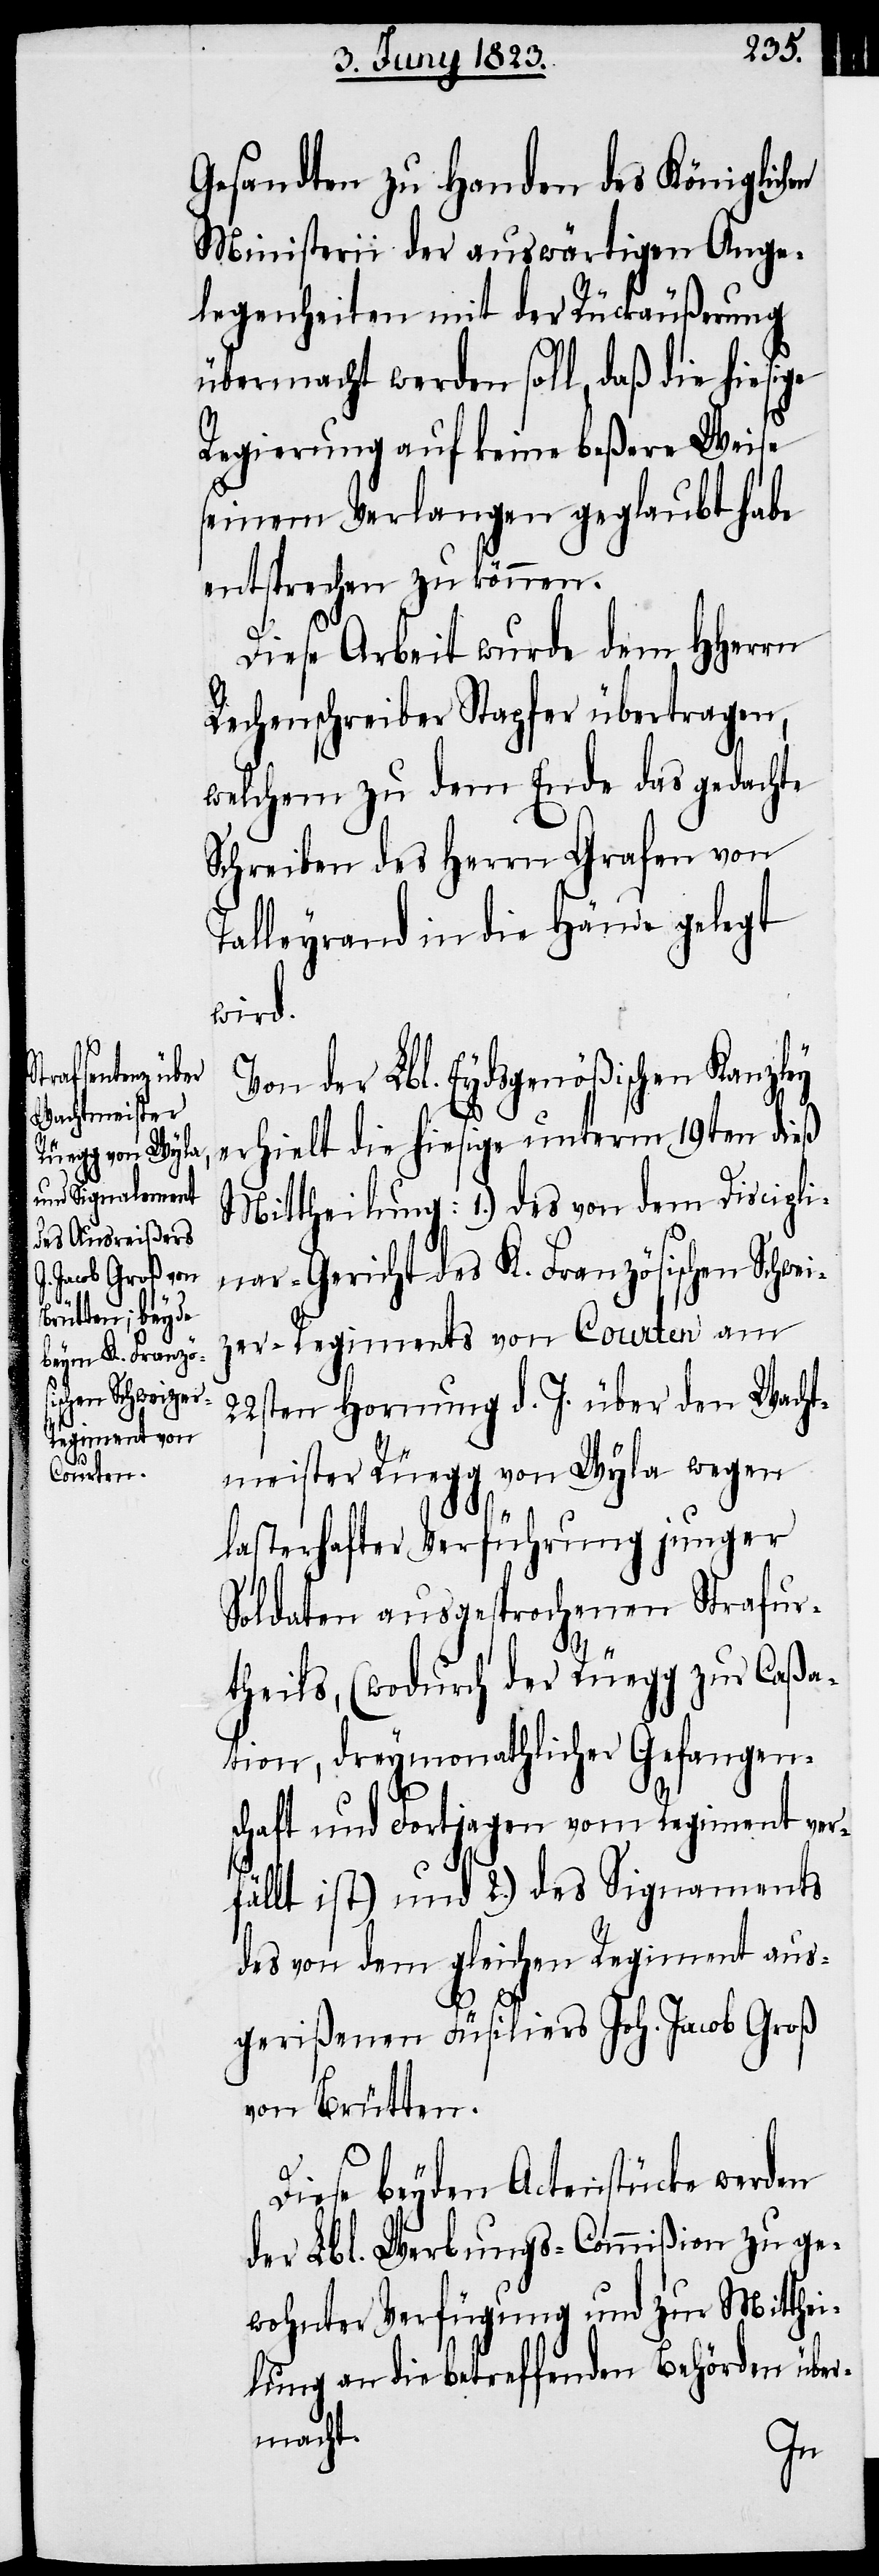
Gesandten zu Handen des Königlichen
Ministerii der auswärtigen Ange¬
legenheiten mit der Rückäußerung
übermacht werden soll, daß die hiesige
Regierung auf keine beßere Weise
seinem Verlangen geglaubt habe
entsprechen zu können.
Diese Arbeit wurde dem HHerrn
Rechenschreiber Stapfer übertragen,
welchem zu dem Ende das gedachte
Schreiben des Herrn Grafen von
Talleyrand in die Hände gelegt
wird.
Von der Lbl. Eydsgenößischen Kanzley
erhielt die hiesige unterm 19ten dieß
Mittheilung: 1.) des von dem Discipli¬
nar-Gericht des K. Französischen Schwei¬
zer-Regiments von Courten am
22sten Hornung d. J. über den Wacht¬
meister Rüegg von Wyla wegen
lasterhafter Verführung junger
Soldaten ausgesprochenen Strafur¬
theils, (wodurch der Rüegg zur Caßa¬
tion, dreymonathlicher Gefangen¬
schaft und Fortjagen vom Regiment ver¬
fällt ist) und 2.) des Signa[le]ments
des von dem gleichen Regiment aus¬
gerißenen Füsiliers Joh. Jacob Groß
von Brütten.
Diese beyden Actenstücke werden
der Lbl. Werbungs-Commißion zu ge¬
wohnter Verfügung und zur Mitthe¬
ilung an die betreffenden Behörden über¬
macht.